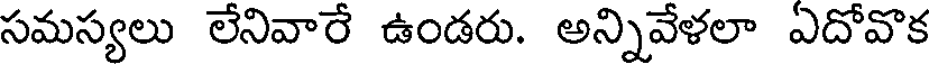
సమస్యలు లేనివారే ఉండరు. అన్నివేళలా ఏదోవొక